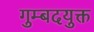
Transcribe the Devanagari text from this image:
गुम्बदयुक्त